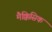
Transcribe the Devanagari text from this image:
मैक्किसिक